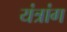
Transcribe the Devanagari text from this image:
यंत्रांग